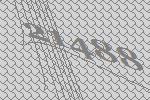
21488